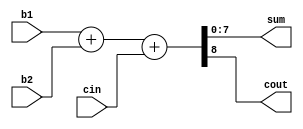
module adder_byte(
	input [0:7] b1, b2,
	input cin,
	output [0:7] sum,
	output cout
	);

	wire [8:0] s;
	
	assign s = b1 + b2 + cin;
	assign cout = s[8];
	assign sum = s[7:0];
endmodule